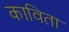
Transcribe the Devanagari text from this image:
काविता